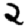
Digit: 2